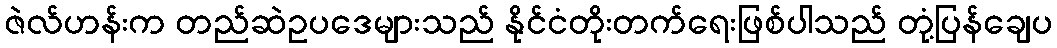
ဇဲလ်ဟန်းက တည်ဆဲဥပဒေများသည် နိုင်ငံတိုးတက်ရေးဖြစ်ပါသည် တုံ့ပြန်ချေပ